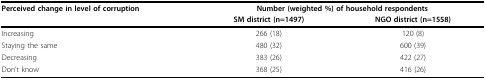
<table><thead><tr><td><b>Perceived change in level of corruption</b></td><td colspan="2"><b>Number (weighted %) of household respondents</b></td></tr><tr><td></td><td><b>SM district (n=1497)</b></td><td><b>NGO district (n=1558)</b></td></tr></thead><tbody><tr><td>Increasing</td><td>266 (18)</td><td>120 (8)</td></tr><tr><td>Staying the same</td><td>480 (32)</td><td>600 (39)</td></tr><tr><td>Decreasing</td><td>383 (26)</td><td>422 (27)</td></tr><tr><td>Don&#x27;t know</td><td>368 (25)</td><td>416 (26)</td></tr></tbody></table>